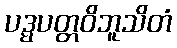
ပဒ္မပတ္တဝိဘူသိတံ